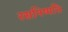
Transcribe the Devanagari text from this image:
रसनिष्पत्ति